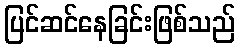
ပြင်ဆင်နေခြင်းဖြစ်သည်